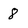
Character: 8